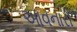
આવનારી